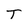
Character: T